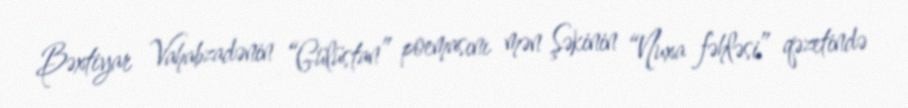
Bəxtiyar Vahabzadənin “Gülüstan” poemasını mən Şəkinin “Nuxa fəhləsi” qəzetində